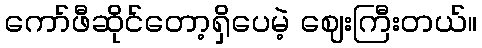
ကော်ဖီဆိုင်တော့ရှိပေမဲ့ ဈေးကြီးတယ်။